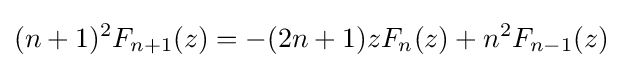
(n+1)^{2}F_{n+1}(z)=-(2n+1)zF_{n}(z)+n^{2}F_{n-1}(z)